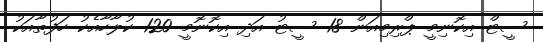
ސީޓް އިކޮނިމީ ޕްރިމިއަން 18 ސީޓު އަދި އިކޮނޮމީ 120 ކުލާހާއެކު ހަފުތާއަކު